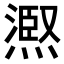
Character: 𭵺